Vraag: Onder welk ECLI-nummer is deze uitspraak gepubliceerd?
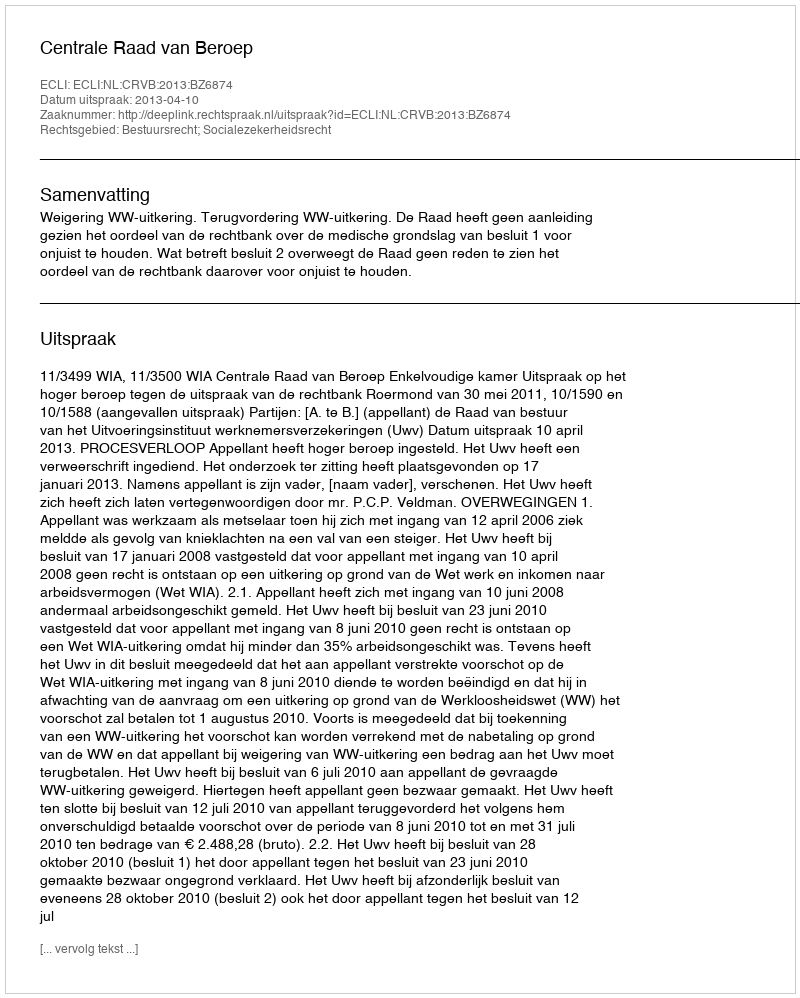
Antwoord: ECLI:NL:CRVB:2013:BZ6874